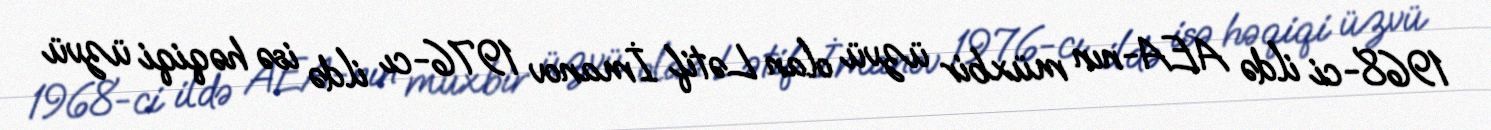
1968-ci ildə AEA-nın müxbir üzvü olan Lətif İmanov 1976-cı ildə isə həqiqi üzvü